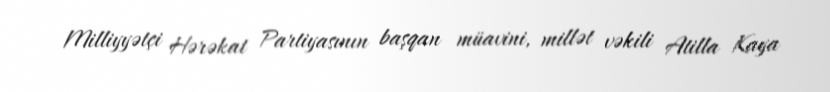
Milliyyətçi Hərəkat Partiyasının başqan müavini, millət vəkili Atilla Kaya